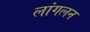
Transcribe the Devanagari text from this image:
लांगलन